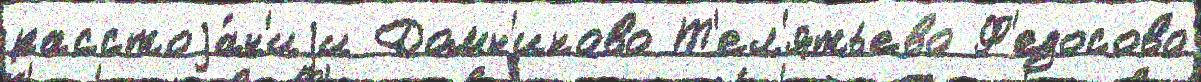
расстоjа́н'иjи Домн'иково Т'ел'ятьево Ф'едосово